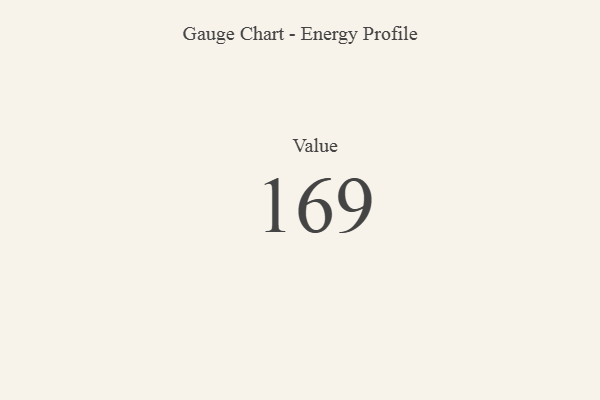
{"axis": {"x": "Metric", "y": "Value"}, "legend": [""], "data": [{"x": "Value", "y": 169, "type": ""}]}